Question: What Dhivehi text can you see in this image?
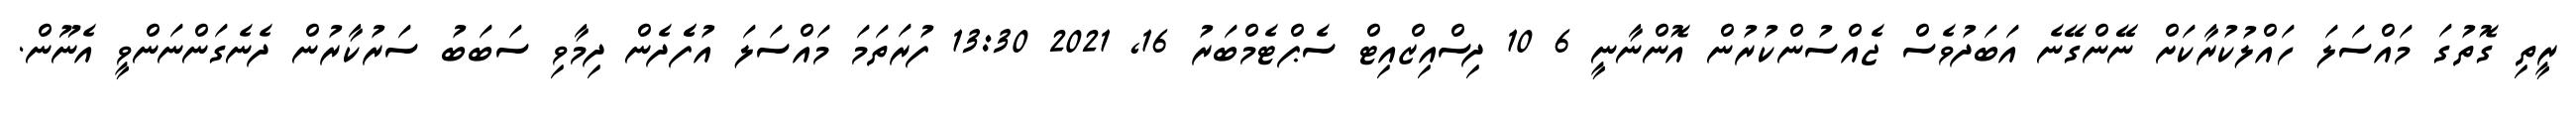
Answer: ރީތި ގޮތުގަ މައްސަލަ ހައްލުކުރާކަށް ނޭންގޭނެ އަބަދުވެސް ޖެއްސުންކުރުން އޮންނާނީ 6 10 ދިސްއިޒްއިޓް ސެޕްޓެމްބަރު 16, 2021 13:30 ފުރަތަމަ މައްސަލަ އުފެެދެން ދިމާވި ސަބަބު ސަރުކާރުން ދެނެގަންނަންވީ އެނޫން.